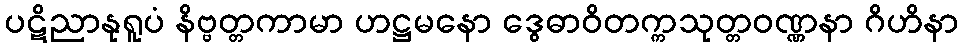
ပဋိညာနုရူပံ နိဗ္ဗတ္တကာမာ ဟဋ္ဌမနော ဒွေဓာဝိတက္ကသုတ္တဝဏ္ဏနာ ဂိဟိနာ